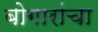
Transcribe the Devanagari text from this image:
बोगारांचा